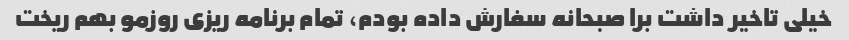
خیلی تاخیر داشت برا صبحانه سفارش داده بودم، تمام برنامه ریزی روزمو بهم ریخت